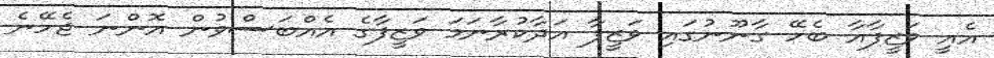
އެއީ ވަޒީފާއާ ބެހޭ ގާނޫނުގައި ވަޒީފާ އަދާކުރާނަމަ ވަޒީފާގެ އެއްބަސްވުން އޮންނަ ޖެހޭނެ